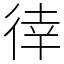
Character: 𢔛